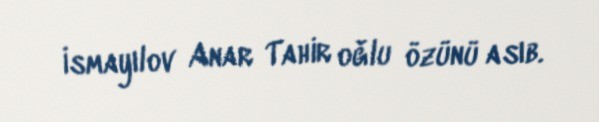
İsmayılov Anar Tahir oğlu özünü asıb.